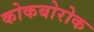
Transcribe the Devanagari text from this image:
कोकबोरोक